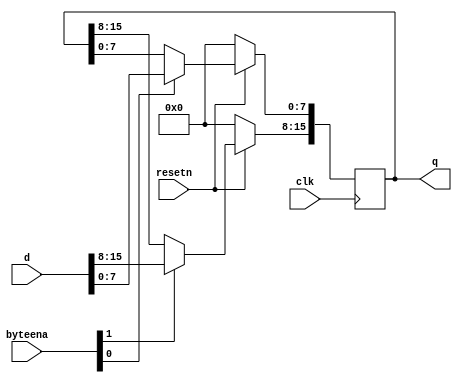
module top_module (
    input clk,
    input resetn,
    input [1:0] byteena,
    input [15:0] d,
    output [15:0] q
);
    always @(posedge clk) begin
        if(resetn==0)begin 
            q<=16'b0;
        end
        else begin
            q[15:8]<=byteena[1]?d[15:8]:q[15:8]; //非阻塞赋值
            q[7:0]<=byteena[0]?d[7:0]:q[7:0];
        end
    end

endmodule